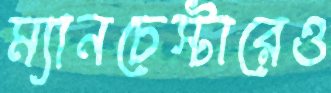
ম্যানচেস্টারেও